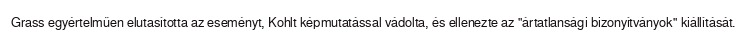
Grass egyértelműen elutasította az eseményt, Kohlt képmutatással vádolta, és ellenezte az "ártatlansági bizonyítványok" kiállítását.